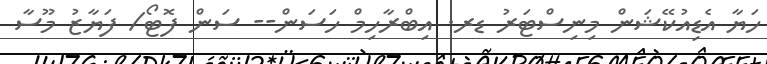
ހަޔާ އެޑިއުކޭޝަން މިނިސްޓަރު ޑރ. އިބްރާހިމް ހަސަން-- ސަން ފޮޓޯ/ ފަޔާޒު މޫސާ